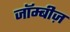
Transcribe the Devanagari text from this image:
जॉम्बीज़